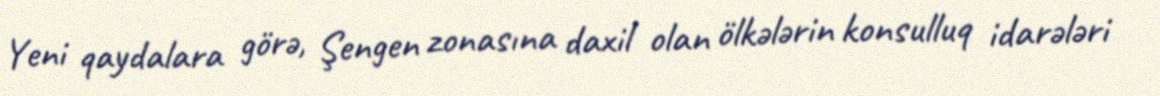
Yeni qaydalara görə, Şengen zonasına daxil olan ölkələrin konsulluq idarələri